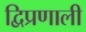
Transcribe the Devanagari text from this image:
द्विप्रणाली